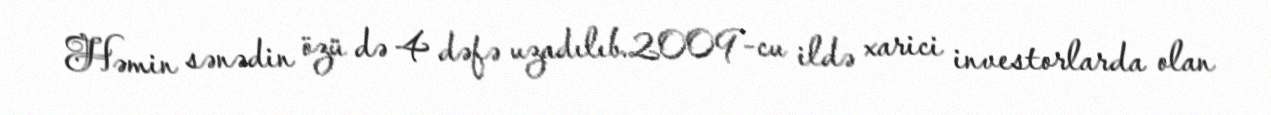
Həmin sənədin özü də 4 dəfə uzadılıb.2009-cu ildə xarici investorlarda olan